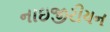
નાઇજીરીયન